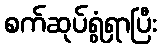
စက်ဆုပ်ရွံရှာပြီး